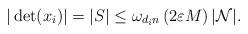
LaTeX: \begin{align*}|\det(x_{i})|=|S|\leq \omega_{d_{i}n}\left(2\varepsilon M \right)|\mathcal{N}|.\end{align*}